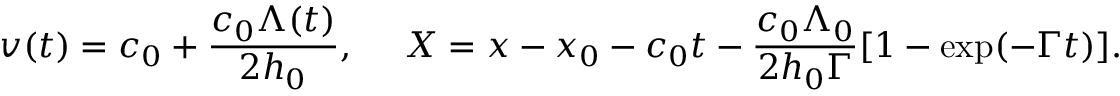
v ( t ) = c _ { 0 } + \frac { c _ { 0 } \Lambda ( t ) } { 2 h _ { 0 } } , ~ ~ ~ ~ X = x - x _ { 0 } - c _ { 0 } t - \frac { c _ { 0 } \Lambda _ { 0 } } { 2 h _ { 0 } \Gamma } [ 1 - \exp ( - \Gamma t ) ] .